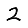
Digit: 2